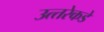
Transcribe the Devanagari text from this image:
उत्‍तरेकडे